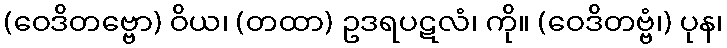
(ဝေဒိတဗ္ဗော) ဝိယ၊ (တထာ) ဥဒရပဋလံ၊ ကို။ (ဝေဒိတဗ္ဗံ၊) ပုန၊